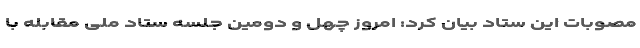
مصوبات این ستاد بیان کرد: امروز چهل و دومین جلسه ستاد ملی مقابله با